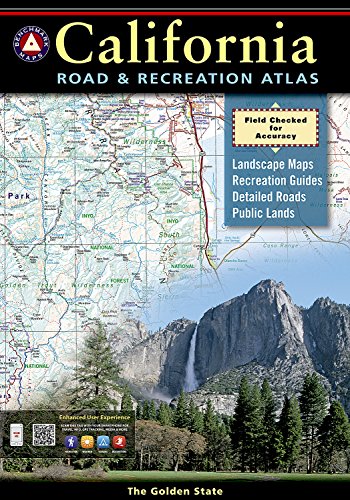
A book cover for California Road and Recreation Atlas (Benchmark Atlas); Benchmark Maps (Firm); Reference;